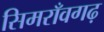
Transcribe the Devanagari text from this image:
सिमराँवगढ़